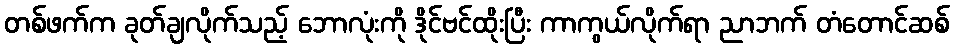
တစ်ဖက်က ခုတ်ချလိုက်သည့် ဘောလုံးကို ဒိုင်ဗင်ထိုးပြီး ကာကွယ်လိုက်ရာ ညာဘက် တံတောင်ဆစ်